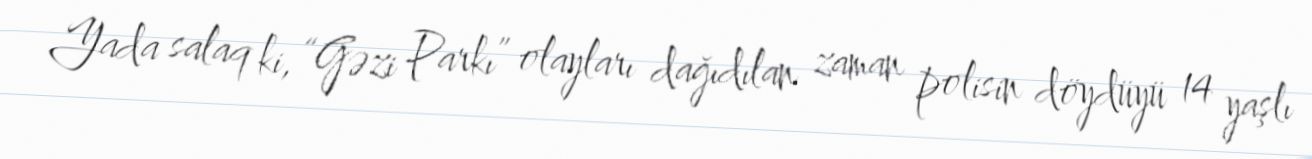
Yada salaq ki, “Gəzi Parkı” olayları dağıdılan zaman polisin döydüyü 14 yaşlı